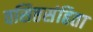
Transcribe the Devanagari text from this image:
वसिष्ठसंहिता